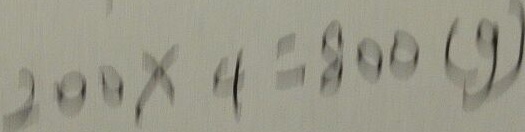
2 0 0 \times 4 = 8 0 0 ( g )